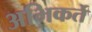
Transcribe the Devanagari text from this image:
अभिकर्ते